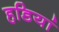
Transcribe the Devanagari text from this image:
हडियां